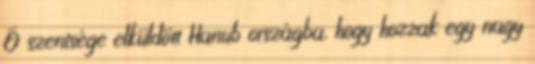
Ő szentsége elküldött Hanub országba, hogy hozzak egy nagy